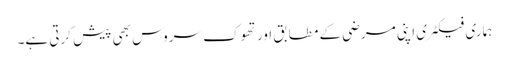
ہماری فیکٹری اپنی مرضی کے مطابق اور تھوک سروس بھی پیش کرتی ہے۔